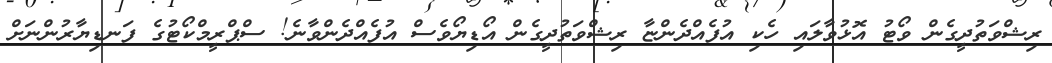
ރިޝްވަތުދީގެން ވޯޓު އޮޅުވާލައި ހެކި އުފެއްދެންޏާ ރިޝްވަތުދީގެން އޯޑިޔޯވެސް އުފެއްދެންވާނެ! ސްޕްރީމްކޯޓުގެ ފަނޑިޔާރުންނަށް